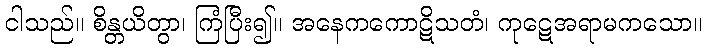
ငါသည်။ စိန္တယိတွာ၊ ကြံပြီး၍။ အနေကကောဋိသတံ၊ ကုဋေအရာမကသော။